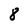
Character: 8